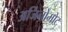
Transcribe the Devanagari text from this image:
अजिनोमोट